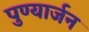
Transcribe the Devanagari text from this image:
पुण्यार्जन